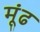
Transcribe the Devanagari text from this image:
मूंढ